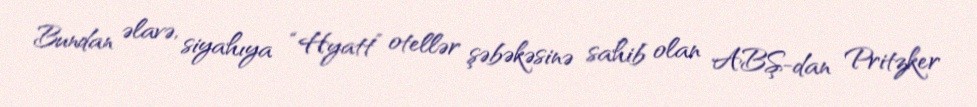
Bundan əlavə, siyahıya “Hyatt” otellər şəbəkəsinə sahib olan ABŞ-dan Pritzker